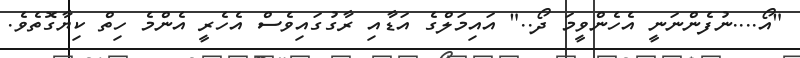
"އޯ....ނުފެންނަނީ އެހެންވީމަ ދޯ.." އައިމަލްގެ އަޑާއި ރާގުގައިވެސް އެހެރީ އެންމެ ހިތް ކިޔާގޮތެވެ.